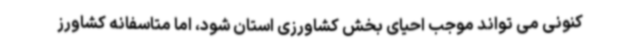
کنونی می تواند موجب احیای بخش کشاورزی استان شود، اما متاسفانه کشاورز